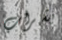
بشراب